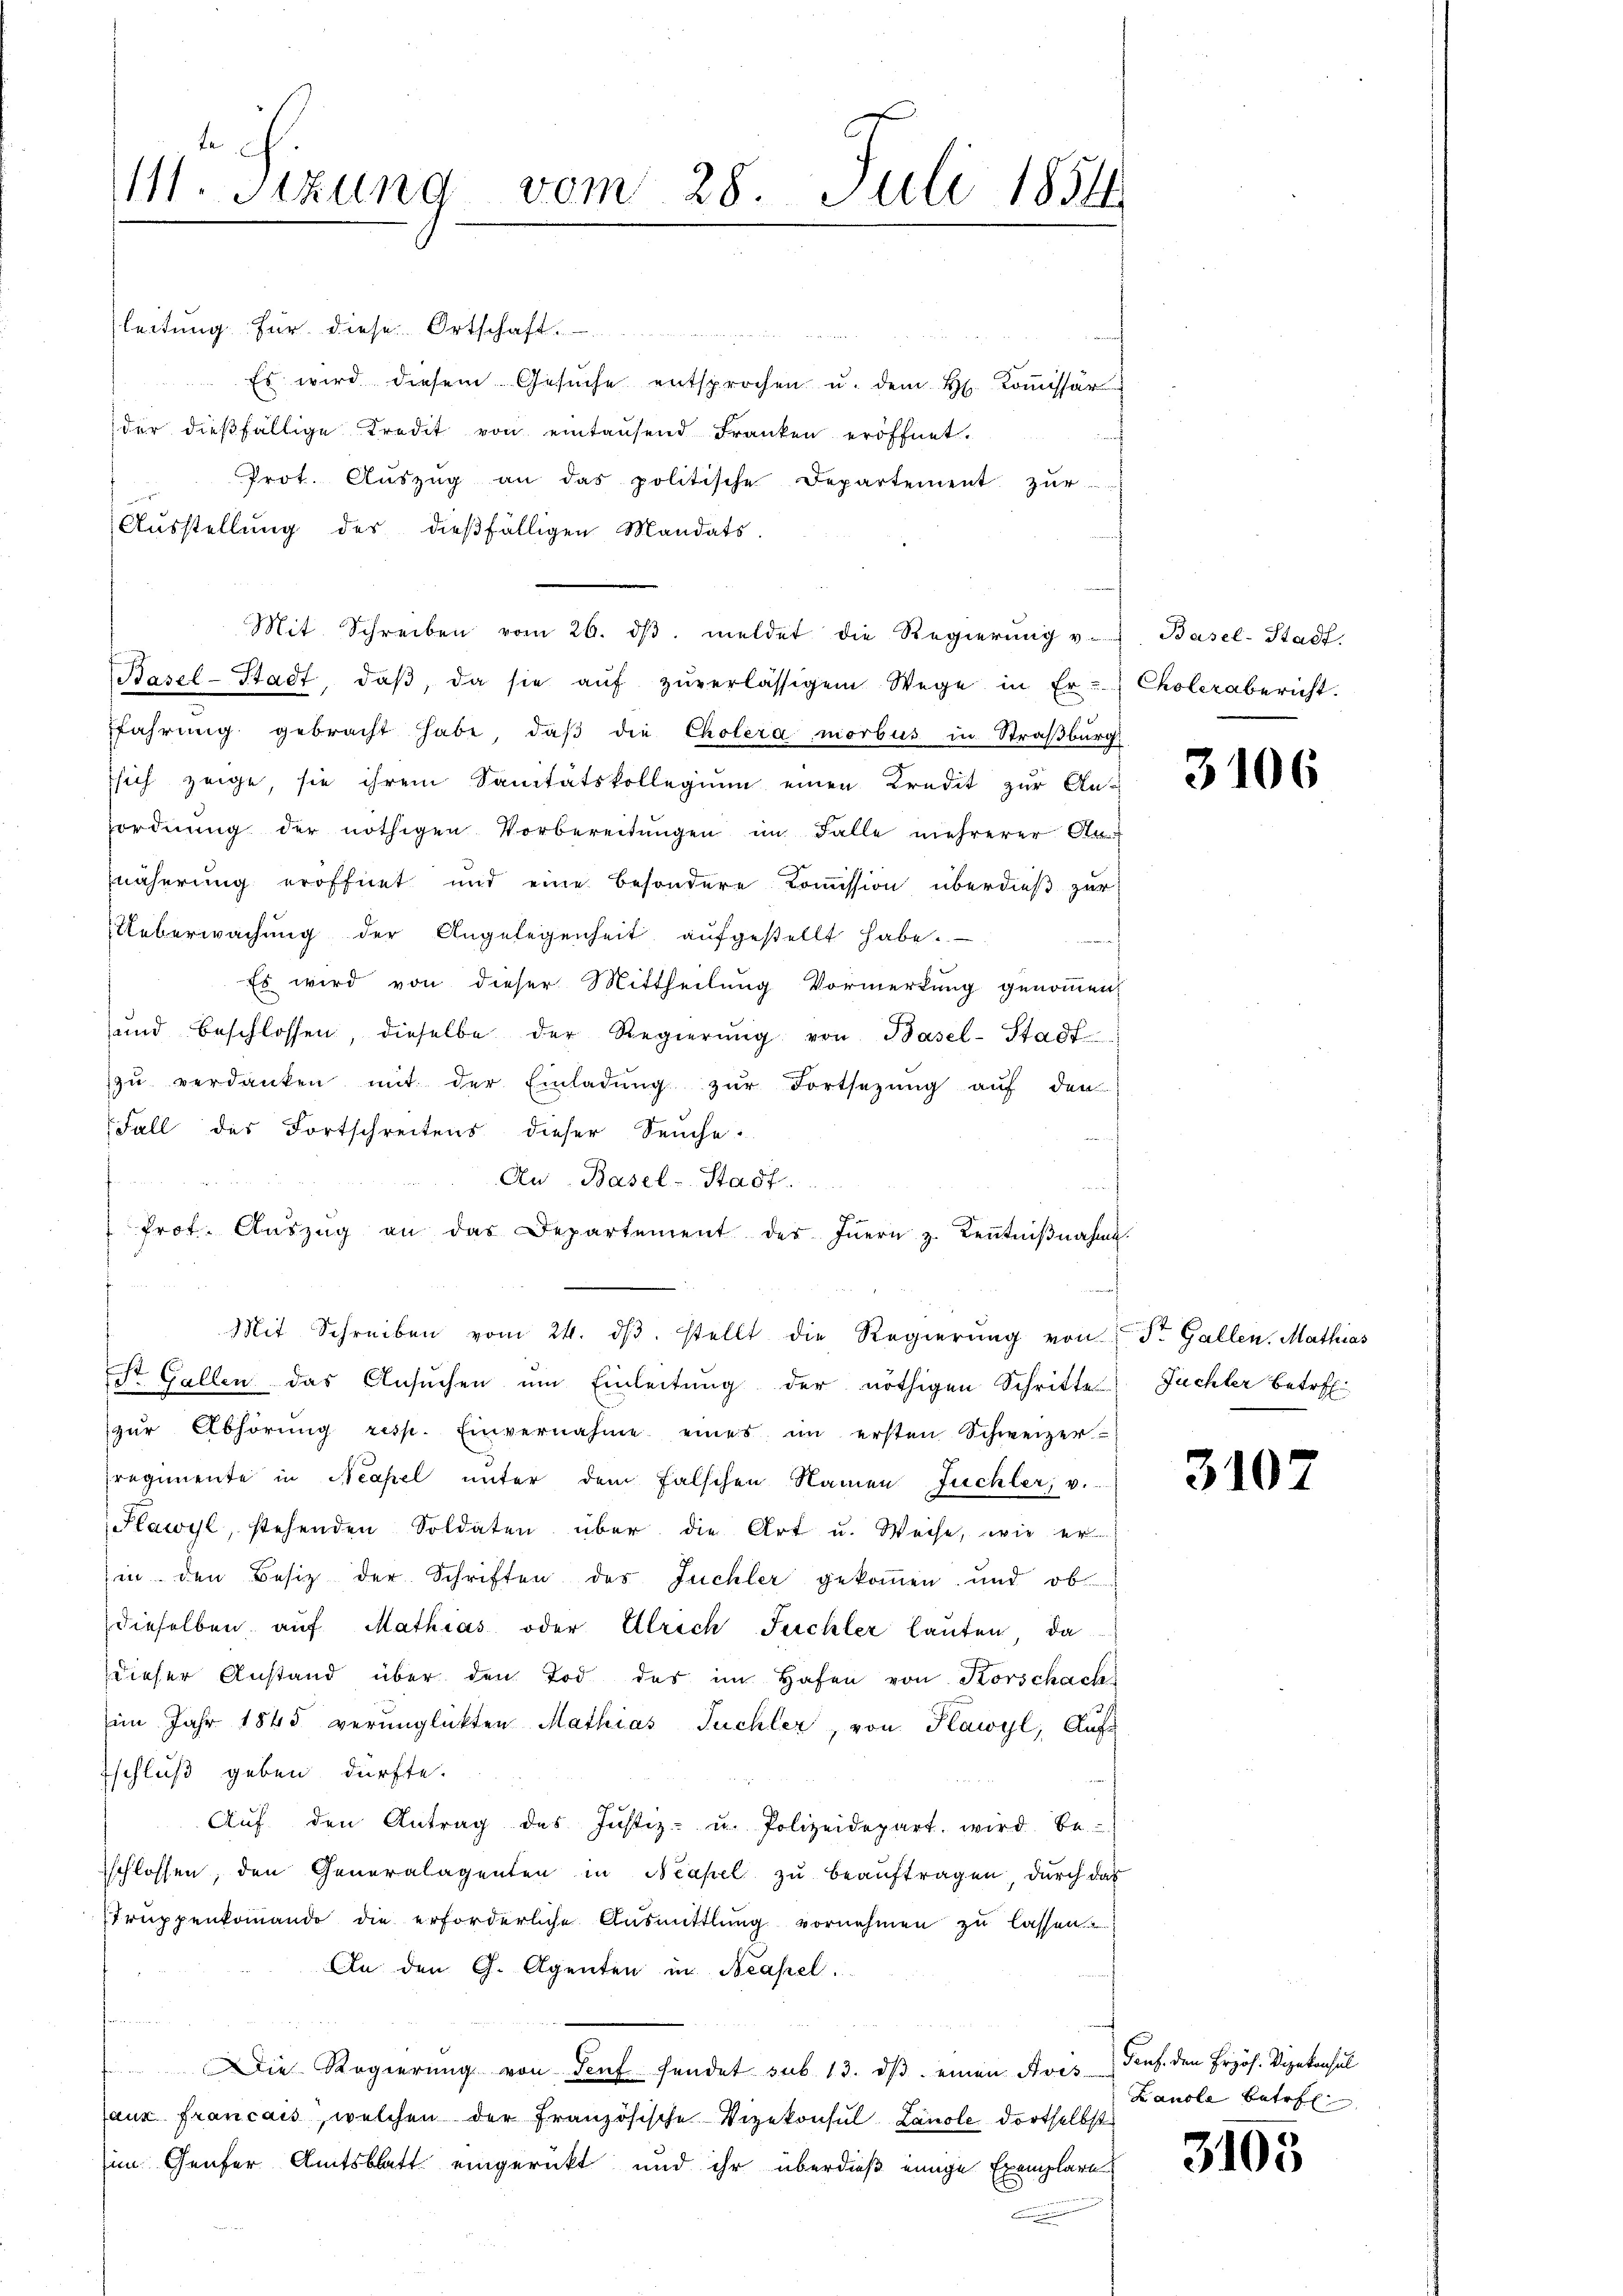
leitung für diese Ortschaft.
e
Es wird diesem Gesŭche entsprochen u. dem H. Koṁissar
der dießfällige Tredit von eintausend Franken eröffnet.
" Prot. Aŭszŭg an das politische Departement zŭr
Ausstellung des dießfälligen Mandats-
Mit Schreiben vom 26. dβ. meldet die Regierŭng v. Basel-Stadt-
Basel-Stadt, daβ, da sie aŭf zŭverlässigem Wege in Er- Cholerabericht.
ffahrung gebracht habe, daβ die Cholera miorbus in Straßburg
ssich zeige, sie ihrem Sanitätskollegium einen Kredit zur Ansordnŭng der nöthigen Vorbereitŭngen im Falle mehrerer An-
näherung eröffnet und eine besondere Kommission überdieß zur
Ueberwachung der Angelegenheit aufgestellt habe.
Es wird von dieser Mittheilung Vormerkung genommen,
ŭnd beschlossen, dieselbe der Regierŭng von Basel-Stadt
zŭ verdanken mit der Einladŭng zŭr Fortsetzŭng aŭf den
Fall des Fortschreitens dieser Seuche.
Fa
Au Basel-Stadt.  ..
Prot. Aŭszŭg an das Departement des Innern z. Keṅtniβnahme.
Mit Schreiben vom 24. dβ. stellt die Regierŭng von St. Gallen. Mathias
St. Gallen das Ansuchen um Einleitung der nöthigen Schritte Fuchler betref-
zŭr Abhörŭng resp. Einvernahme eines im ersten Schweizer-
regimente in Neapel unter dem falschen Namen Juchler, v.
Kawyl, stehenden Soldaten über die Art u. Weise, wie er
in den Besitz der Schriften des Juchler gekommen und ob
dieselben aŭf Mathias oder Ulrich Juchler lauten da
dieser Anstand über den Tod des im Hafen von Korschach
im Jahr 1845 verunglückten Mathias Tuchler, von Klawyl, Auf-
schluß geben dürfte.
Aŭf den Antrag des Justiz- u. Polizeidepart. wird be-
sschlossen, den Generalagenten in Neapel zu beauftragen durch das
Truppenkomando die erforderliche Ausmittlung vornehmen zu lassen
An den G. Agenten in Neapel.
.
Die Regierŭng von Genf sendet sub. 13. dβ einen Avis Genf. den Erzös. Vizekonsul
aux francais, welchen der Französische Vizekonsul Lanole dortselbst
im Genfer Amtsblatt eingerückt und ihr überdieß einige Exemplare

te
1. Sitzung vom 28. Juli 1854.

3106

3102

Landle betr

3105